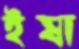
ইষা